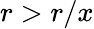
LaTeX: r>r/x